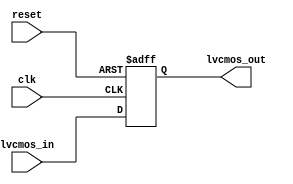
module io_buffer (
    input wire clk,
    input wire reset,
    input wire lvcmos_in,
    output wire lvcmos_out
);

// Define internal signals
reg lvcmos_out_reg;

// LVCMOS buffer logic
always @(posedge clk or posedge reset) begin
    if (reset) begin
        lvcmos_out_reg <= 1'b0;
    end else begin
        lvcmos_out_reg <= lvcmos_in;
    end
end

// Assign LVCMOS output
assign lvcmos_out = lvcmos_out_reg;

endmodule